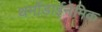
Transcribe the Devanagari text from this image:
थर्मोडाईनेमिक